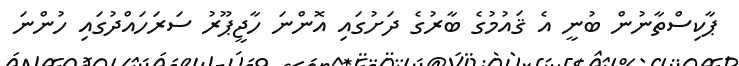
ޕާކިސްތާނުން ބުނީ އެ ޤައުމުގެ ބާރުގެ ދަށުގައި އޮންނަ ހާޖީޕޫރު ސަރަހައްދުގައި ހުންނަ